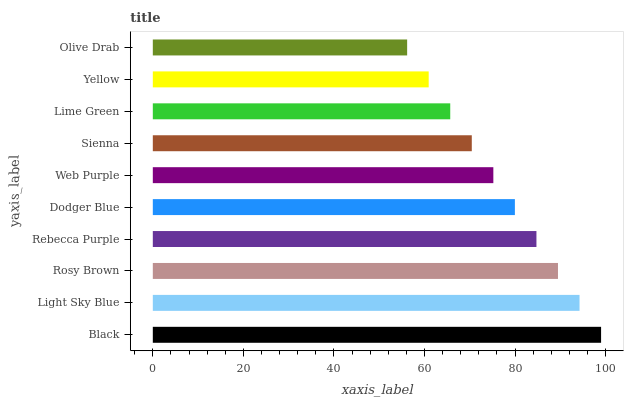
| yaxis_label | bars |
 | --- | --- |
 | Black | 99 |
 | Light Sky Blue | 94.2 |
 | Rosy Brown | 89.5 |
 | Rebecca Purple | 84.7 |
 | Dodger Blue | 80 |
 | Web Purple | 75.2 |
 | Sienna | 70.4 |
 | Lime Green | 65.7 |
 | Yellow | 60.9 |
 | Olive Drab | 56.2 |